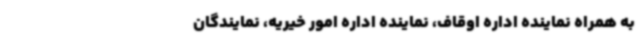
به همراه نماینده اداره اوقاف، نماینده اداره امور خیریه، نمایندگان